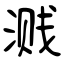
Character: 溅